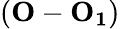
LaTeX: (\mathbf{O}-\mathbf{O_{1}})